Document type: Emphyteutic lease
Year: 1295
Scribe: Pere de Noguera, prevere
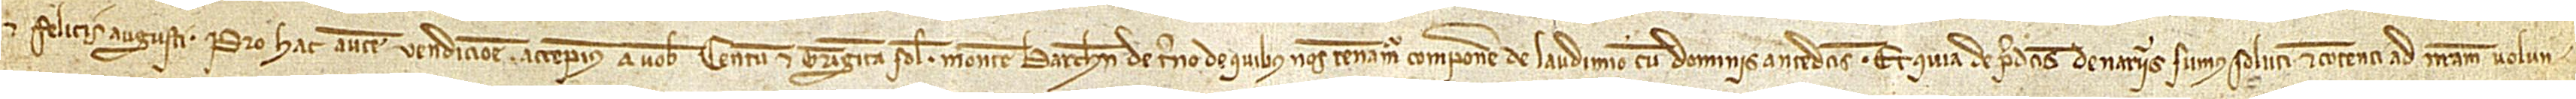
et Felicis augusti. Pro hac autem vendicione accepimus a vobis centum et triginta solidos monete Barchinone de terno, de quibus nos teneamur componere de laudimio cum dominis antedictis. Et quia de predictis denariis sumus soluti et contenti ad nostram volun-